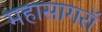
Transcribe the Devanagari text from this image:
महासागरॉ